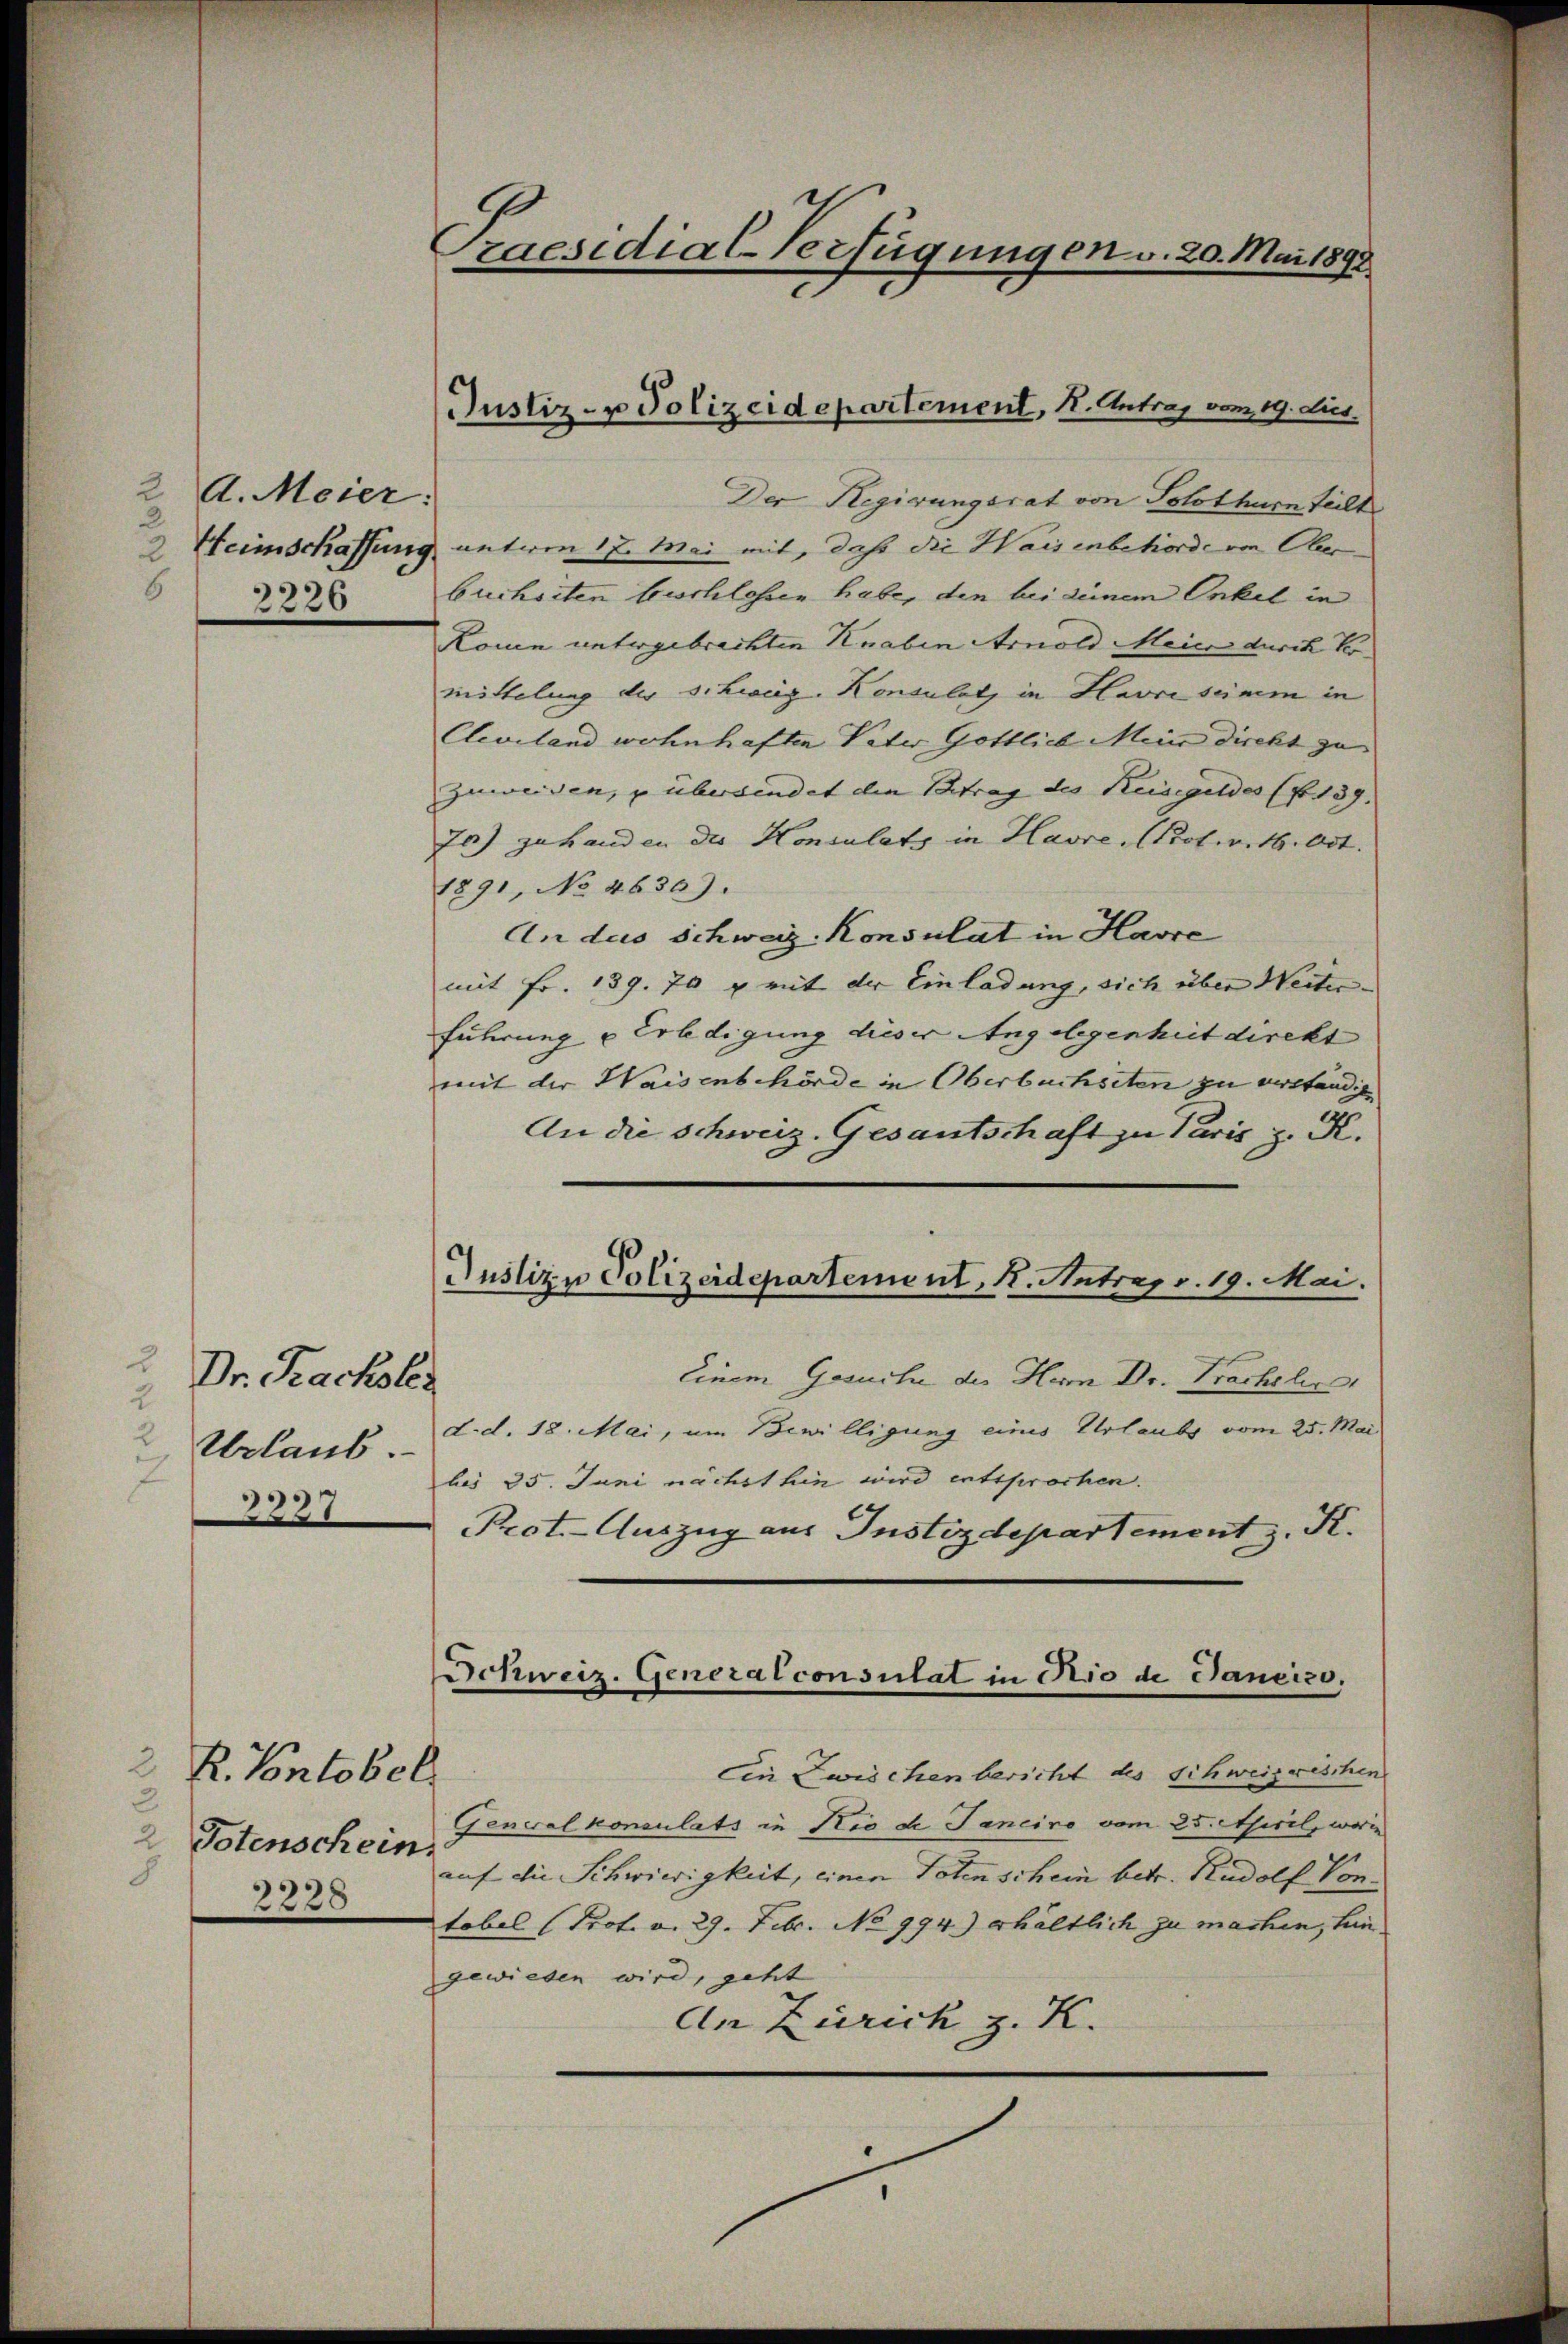
2 A. Meier:
2 Heimschaffung
62226

Dr. Rachsler
2
2
Urlaub
7
2237

2 R. Vontobel
2
2 Totenschein.
2238

Praesidial-Verfügungen v. 20. Mai 1892.

Justiz- u Polizeidepartement, I. Antrag vom 19. dies

Der Regirungsrat von Solothurn teilt.
untion 17. Mai mit, daß die Waisenbehörde von Ober-
buchsten beschlossen habe, den bei seinem Onkel in
Komen untergebrachten Knaben Arnold Meier durch Komittelung der schweiz. Konsulatz in Havre seinem in
Cleveland wohnhaften Vater Göttlich Mein direkt zu
zuweisen, u überwindet die Betrag des Keisegeldes (fr. 139.
Ja) zu handen der Konsulats in Havre, (Kot. 16. Oct.
1891, No 46309.
An das Schweiz. Konsulat in Havre
mit Fr. 139. 70 p mit der Einladung, sich über Weiter-
Führung u Erledigung dieser Angelegenheit direkt
mit der Waisenbehörde in Oberbuchseten zu verständig
An die Schweiz. Gesantschaft zu Paris z. K.
Einem Gesuche der Heim Dr. Prachsli,
d.d. 18. Mai, um Bewilligung eines Urlaubs vom 25. Mai
bis 35. Juni nächst hin wird entsprochen.
Prot. Auszug aus Justizdepartement z. K.
Ein Zwischen bericht des Schweizerischen
Generalkonsulats in Rio de Janeiro vom 25. April, worin
auf die Schwierigkeit, einen Toten schein betr. Rudolf Vortobel (Prof. v. 29. Febr. No 994.) erhältlich zu machen, hin.
gewiesen wird, geht
An Zürich z. K.

Justizu Polizeidepartement, K. Antrag v. 19. Mai.

Schweiz. Generalconsulat in Rio de Dancizo.